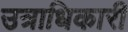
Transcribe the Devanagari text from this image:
उत्राधिकारी